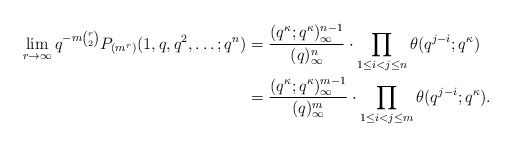
\begin{align*}\lim_{r\to\infty}q^{-m\binom{r}{2}} P_{(m^r)}(1,q,q^2,\dots;q^n)&=\frac{(q^{\kappa};q^{\kappa})_{\infty}^{n-1}}{(q)_{\infty}^n}\cdot \prod_{1\leq i<j\leq n} \theta(q^{j-i};q^{\kappa}) \\&=\frac{(q^{\kappa};q^{\kappa})_{\infty}^{m-1}}{(q)_{\infty}^m} \cdot \prod_{1\leq i<j\leq m} \theta(q^{j-i};q^{\kappa}).\end{align*}